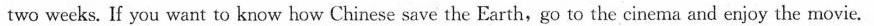
two weeks. If you want to know how Chinese save the Earth,go to the cinema and enjoy the movie.